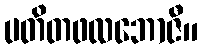
ပတိတဖလဘောဇီ။